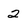
Character: 2